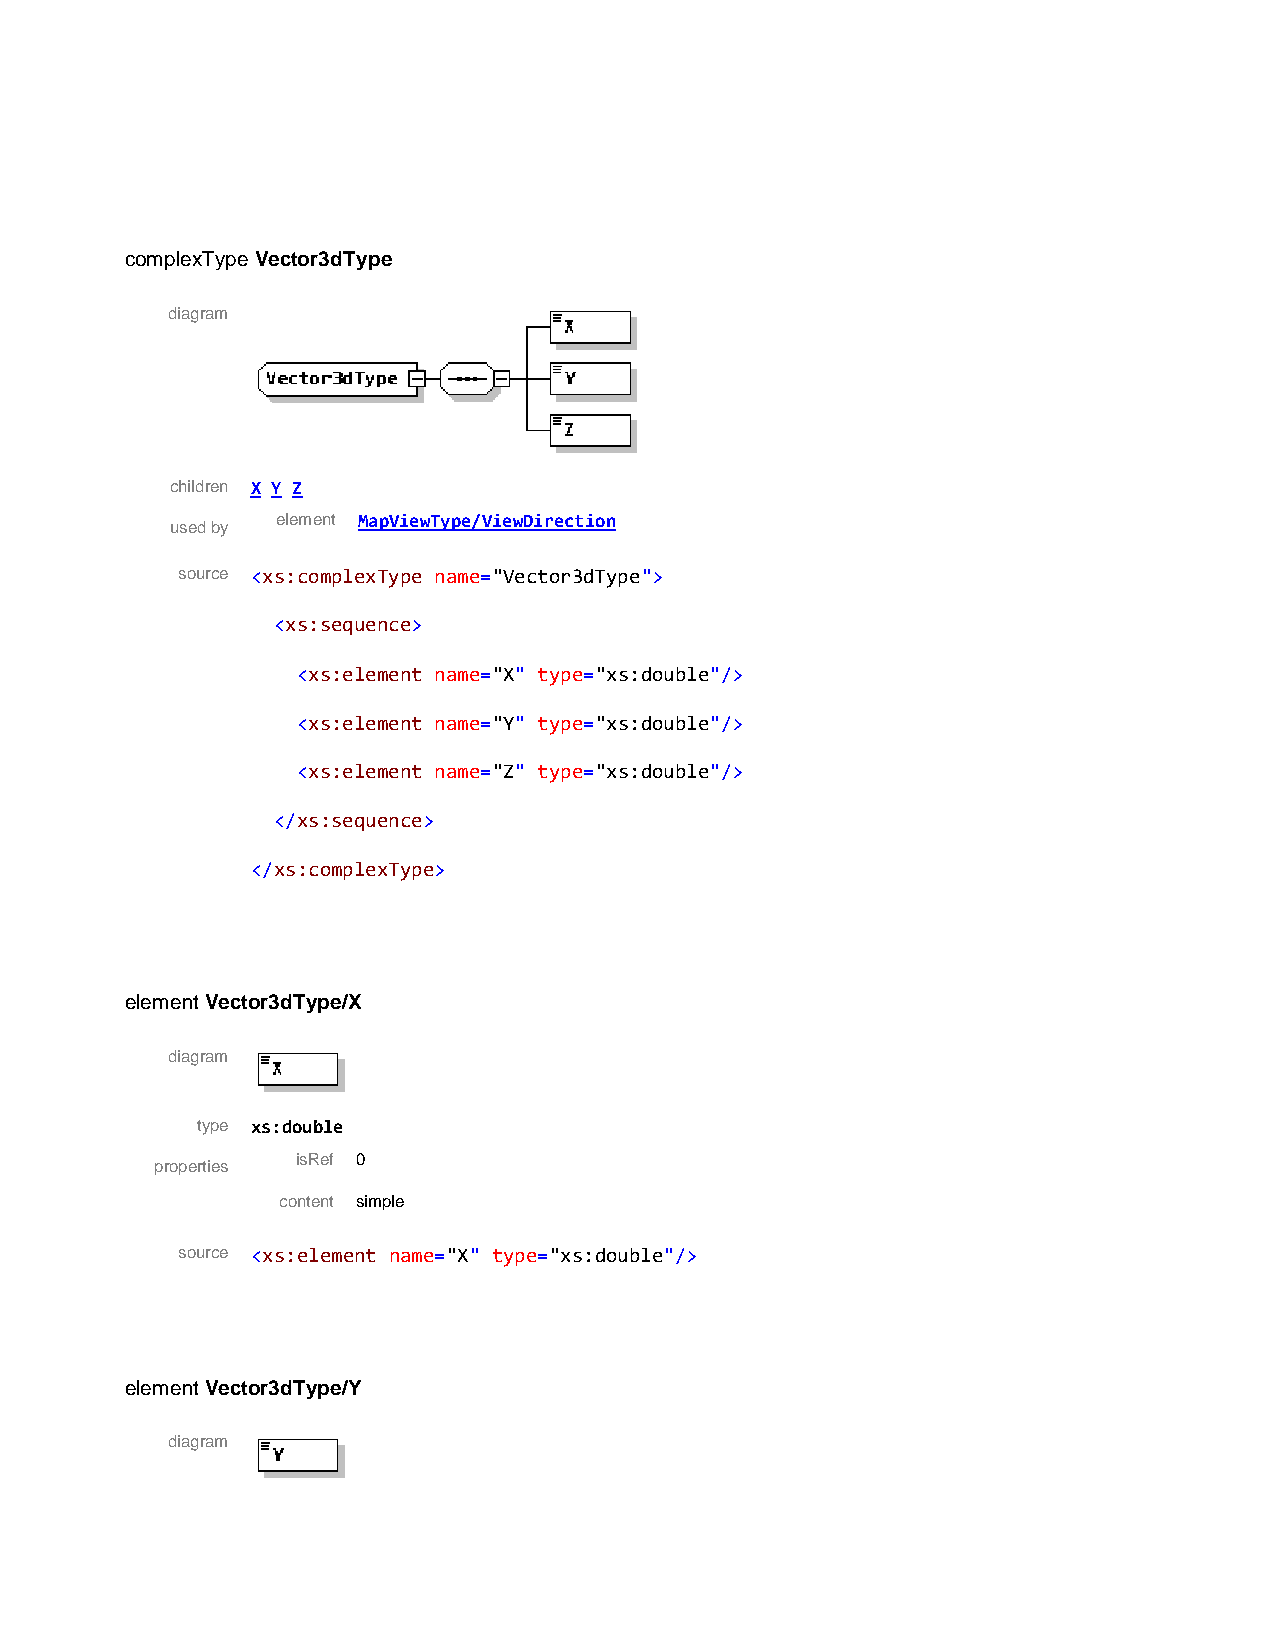
complexType Vector3dType
 diagram
 children X Y Z
 element MapViewType/ViewDirection
 used by
 source <xs:complexType name="Vector3dType">
 <xs:sequence>
 <xs:element name="X" type="xs:double"/>
 <xs:element name="Y" type="xs:double"/>
 <xs:element name="Z" type="xs:double"/>
 </xs:sequence>
 </xs:complexType>
 element Vector3dType/X
 diagram
 type xs:double
 isRef 0
 properties
 content simple
 source <xs:element name="X" type="xs:double"/>
 element Vector3dType/Y
 diagram